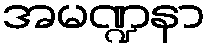
အမဏ္ဍနာ